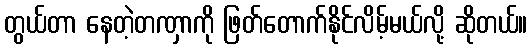
တွယ်တာ နေတဲ့တဏှာကို ဖြတ်တောက်နိုင်လိမ့်မယ်လို့ ဆိုတယ်။